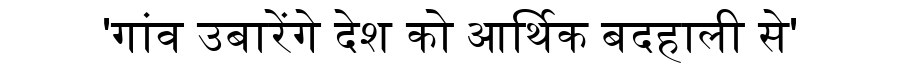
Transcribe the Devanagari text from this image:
'गांव उबारेंगे देश को आर्थिक बदहाली से'